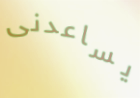
يساعدنى